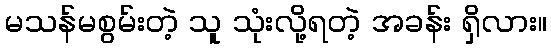
မသန်မစွမ်းတဲ့ သူ သုံးလို့ရတဲ့ အခန်း ရှိလား။